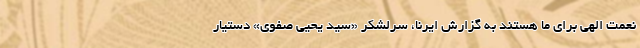
نعمت الهی برای ما هستند به گزارش ایرنا، سرلشکر «سید یحیی صفوی» دستیار